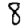
Digit: 8